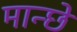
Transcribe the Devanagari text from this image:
मान्छे